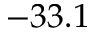
- 3 3 . 1